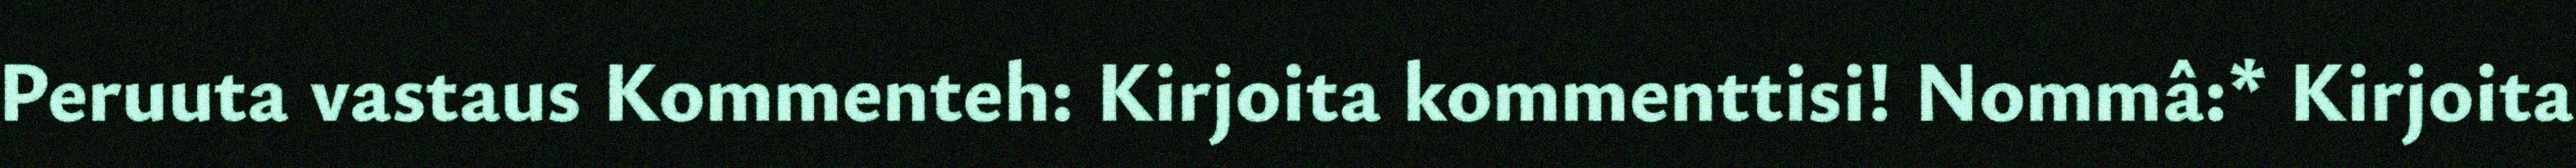
Peruuta vastaus Kommenteh: Kirjoita kommenttisi! Nommâ:* Kirjoita